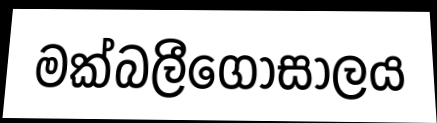
මක්බලීගොසාලය